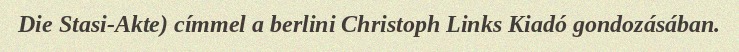
Die Stasi-Akte) címmel a berlini Christoph Links Kiadó gondozásában.